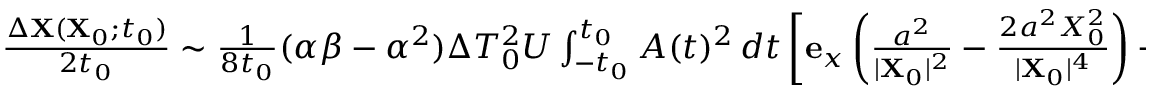
\begin{array} { r } { \frac { \Delta \mathbf { X } ( \mathbf { X } _ { 0 } ; t _ { 0 } ) } { 2 t _ { 0 } } \sim \frac { 1 } { 8 t _ { 0 } } ( \alpha \beta - \alpha ^ { 2 } ) \Delta T _ { 0 } ^ { 2 } U \int _ { - t _ { 0 } } ^ { t _ { 0 } } A ( t ) ^ { 2 } \, d t \left[ \mathbf { e } _ { x } \left( \frac { a ^ { 2 } } { \vert \mathbf { X } _ { 0 } \vert ^ { 2 } } - \frac { 2 a ^ { 2 } X _ { 0 } ^ { 2 } } { \vert \mathbf { X } _ { 0 } \vert ^ { 4 } } \right) + \mathbf { e } _ { y } \left( - \frac { 2 a ^ { 2 } X _ { 0 } Y _ { 0 } } { \vert \mathbf { X } _ { 0 } \vert ^ { 4 } } \right) \right] . } \end{array}